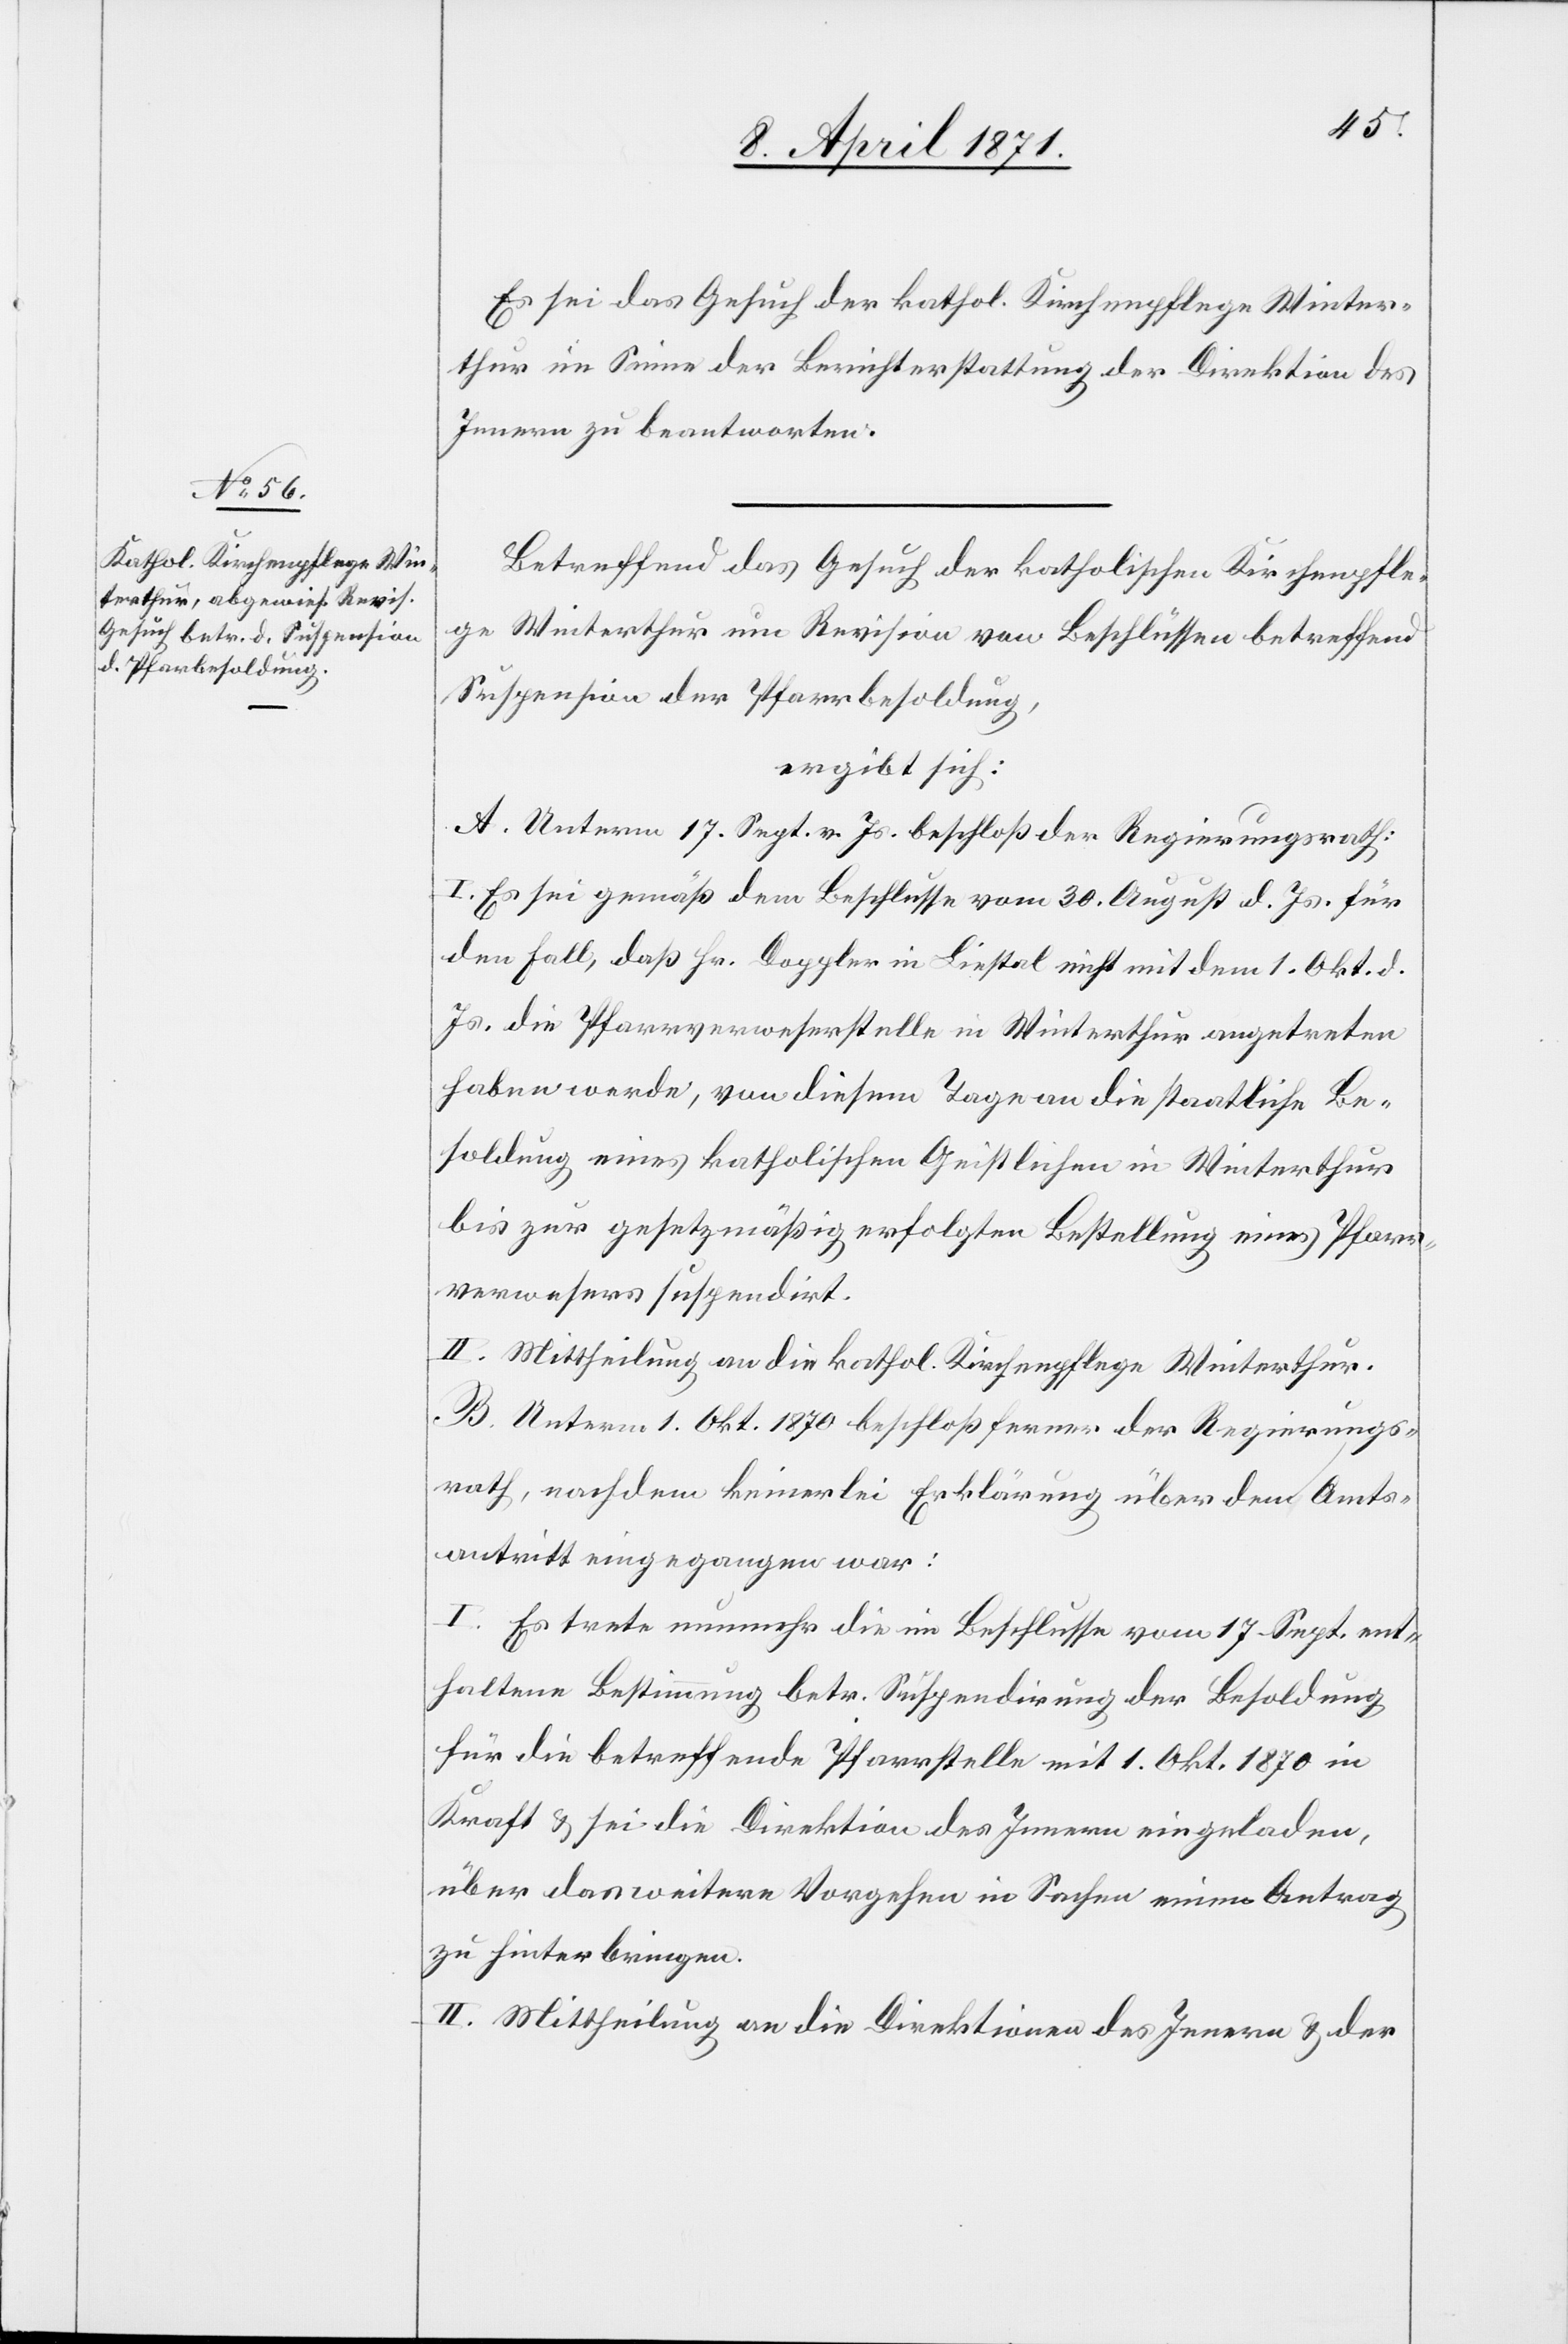
Es sei das Gesuch der kathol. Kirchenpflege Winter¬
thur im Sinne der Berichterstattung der Direktion des
Innern zu beantworten.
Betreffend das Gesuch der katholischen Kirchenpfle¬
ge Winterthur um Revision von Beschlüssen betreffend
Suspension der Pfarrbesoldung,
ergibt sich:
A. Unterm 17. Sept. v. Js. beschloß der Regierungsrath:
I. Es sei gemäß dem Beschlusse vom 30. August d. Js. für
den Fall, daß Hr. Doppler in Liestal nicht mit dem 1. Okt. d.
Js. die Pfarrverweserstelle in Winterthur angetreten
haben werde, von diesem Tage an die staatliche Be¬
soldung eines katholischen Geistlichen in Winterthur
bis zur gesetzmäßig erfolgten Bestellung eines Pfarr¬
verwesers suspendirt.
II. Mittheilung an die kathol. Kirchenpflege Winterthur.
B. Unterm 1. Okt 1870 beschloß ferner der Regierungs¬
rath, nachdem keinerlei Erklärung über den Amts¬
antritt eingegangen war:
I. Es trete nunmehr die im Beschlusse vom 17. Sept. ent¬
haltene Bestimmung betr. Suspendirung der Besoldung
für die betreffende Pfarrstelle mit 1. Okt. 1870 in
Kraft u. sei die Direktion des Innern eingeladen,
über das weitere Vorgehen in Sachen einen Antrag
zu hinterbringen.
II. Mittheilung an die Direktion des Innern u. der